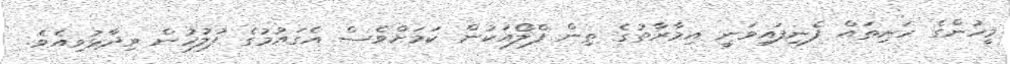
މީހުންގެ ހަށިތައް ފެނިފައިވަނީ އިމާރާތުގެ ތިން ފްލޯއަކުން ކަމަށްވެސް އެގައުމުގެ ފުލުހުން ވިދާޅުވިއެވެ.